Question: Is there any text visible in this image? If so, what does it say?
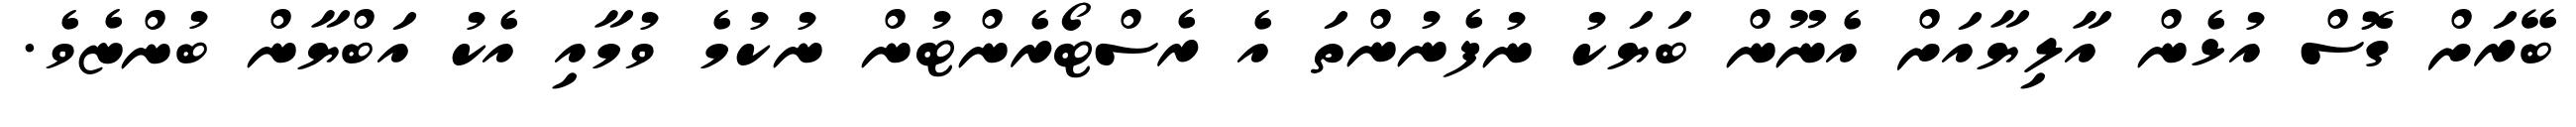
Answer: ބޭރަށް ގޮސް އުޅެން އާލިޔާއަށް އެނޫން ބަޔަކު ނުފެނުންތަ އެ ރެސްޓޯރެންޓުން ނުކުމެ ވުމާއި އެކު އަބްޔާން ބުންޏެވެ.